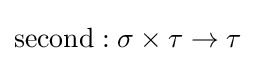
\mathrm {second} :\sigma \times \tau \to \tau